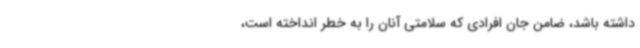
داشته باشد، ضامن جان افرادی که سلامتی آنان را به خطر انداخته است،